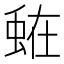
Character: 𮔒